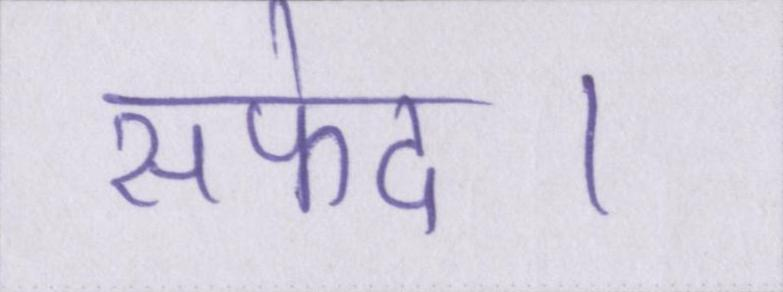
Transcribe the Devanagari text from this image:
सफेद।